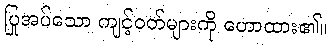
ပြုအပ်သော ကျင့်ဝတ်များကို ဟောထား၏။